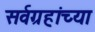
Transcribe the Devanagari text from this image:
सर्वग्रहांच्या